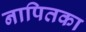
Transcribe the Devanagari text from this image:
नापितका